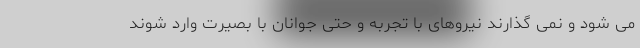
می شود و نمی گذارند نیروهای با تجربه و حتی جوانان با بصیرت وارد شوند